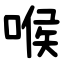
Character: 喉